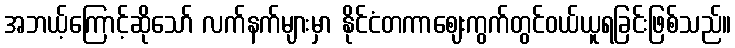
အဘယ့်ကြောင့်ဆိုသော် လက်နက်များမှာ နိုင်ငံတကာဈေးကွက်တွင်ဝယ်ယူရခြင်းဖြစ်သည်။